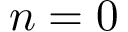
n = 0